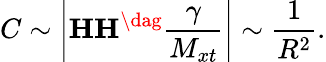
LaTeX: C\sim\left|{{\mathbf{HH}}^{\dag}{\frac{\gamma}{M_{xt}}}}\right|\sim\frac{1}{R^{2}}.